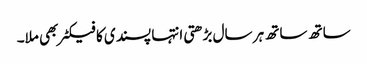
ساتھ ساتھ ہر سال بڑھتی انتہا پسندی کا فیکٹر بھی ملا۔